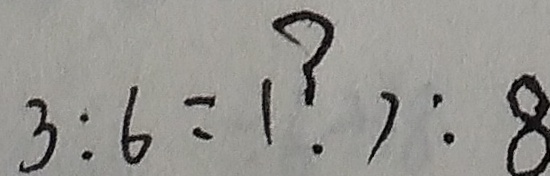
3 : 6 = ( ? ) : 8